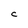
Character: C